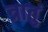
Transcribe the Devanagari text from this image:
त्रातुं